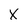
Character: X